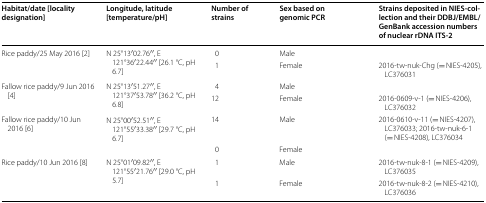
<table><thead><tr><td><b>Habitat/date [locality designation]</b></td><td><b>Longitude, latitude [temperature/pH]</b></td><td><b>Number of strains</b></td><td><b>Sex based on genomic PCR</b></td><td><b>Strains deposited in NIES-collection and their DDBJ/EMBL/GenBank accession numbers of nuclear rDNA ITS-2</b></td></tr></thead><tbody><tr><td rowspan="2">Rice paddy/25 May 2016 [2]</td><td rowspan="2">N 25°13′02.76′′, E 121°36′22.44′′ [26.1 °C, pH 6.7]</td><td>0</td><td>Male</td><td></td></tr><tr><td>1</td><td>Female</td><td>2016-tw-nuk-Chg (= NIES-4205), LC376031</td></tr><tr><td rowspan="2">Fallow rice paddy/9 Jun 2016 [4]</td><td rowspan="2">N 25°13′51.27′′, E 121°37′53.78′′ [36.2 °C, pH 6.8]</td><td>4</td><td>Male</td><td></td></tr><tr><td>12</td><td>Female</td><td>2016-0609-v-1 (= NIES-4206), LC376032</td></tr><tr><td rowspan="2">Fallow rice paddy/10 Jun 2016 [6]</td><td rowspan="2">N 25°00′52.51′′, E 121°55′33.38′′ [29.7 °C, pH 6.7]</td><td>14</td><td>Male</td><td>2016-0610-v-11 (= NIES-4207), LC376033; 2016-tw-nuk-6-1 (= NIES-4208), LC376034</td></tr><tr><td>0</td><td>Female</td><td></td></tr><tr><td rowspan="2">Rice paddy/10 Jun 2016 [8]</td><td rowspan="2">N 25°01′09.82′′, E 121°55′21.76′′ [29.0 °C, pH 5.7]</td><td>1</td><td>Male</td><td>2016-tw-nuk-8-1 (= NIES-4209), LC376035</td></tr><tr><td>1</td><td>Female</td><td>2016-tw-nuk-8-2 (= NIES-4210), LC376036</td></tr></tbody></table>